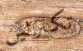
تكترثين